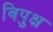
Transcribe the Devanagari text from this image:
विपुक्ष